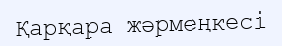
Қарқара жәрмеңкесі